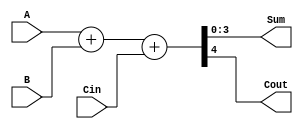
////////////////////////////////////////////////////////////////////////////////
//                                                                            //
//               Application Assignment Problem 5 Module 3 Course 2           //
//                                                                            //
////////////////////////////////////////////////////////////////////////////////
//
// 
// @file AAC2M3H1.v
// @brief Application Assignment 2-007 4-bit full adder
// @version: 1.0 
// Date of current revision:  @date 2019-07-01  
// Target FPGA: [Intel Altera MAX10] 
// Tools used: [Quartus Prime 16.1 or Sigasi] for editing and/or synthesis 
//             [Modeltech ModelSIM 10.4a Student Edition] for simulation 
//             [Quartus Prime 16.1]  for place and route if applied
//             
//  Functional Description:  This file contains the Verilog which describes the 
//               FPGA implementation of 4-bit adder with carry. The inputs are 2 
//               3-bit vectors A and B, and a scalar carry in Cin.  Outputs are
//               Sum and Cout.  
//
//  Hierarchy:  There is only one level in this simple design.
//        
//  Designed by:  @author [your name] 
//                [Organization]
//                [email] 
//
//      Copyright (c) 2019 by Tim Scherr
//
// Redistribution, modification or use of this software in source or binary
// forms is permitted as long as the files maintain this copyright. Users are
// permitted to modify this and use it to learn about the field of HDl code.
// Tim Scherr and the University of Colorado are not liable for any misuse
// of this material.
//////////////////////////////////////////////////////////////////////////////
// 
  	                                            		

module FullAdd4( A,B,Cin,Sum,Cout);                	
    input [3:0] A, B; 
    input Cin; 			
    output [3:0] Sum;
    output Cout;

                   	          	
// student code here
    assign {Cout, Sum} = A + B + Cin;

endmodule // Majority